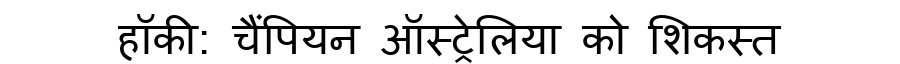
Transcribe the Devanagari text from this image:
हॉकी: चैंपियन ऑस्ट्रेलिया को शिकस्त